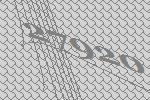
27920